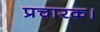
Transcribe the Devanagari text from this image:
प्रचारक।